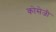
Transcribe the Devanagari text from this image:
कोसेजी